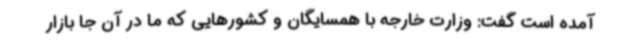
آمده است گفت: وزارت خارجه با همسایگان و کشورهایی که ما در آن جا بازار